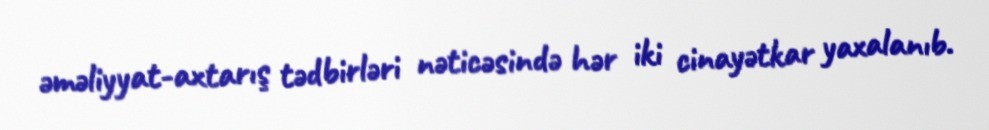
əməliyyat-axtarış tədbirləri nəticəsində hər iki cinayətkar yaxalanıb.